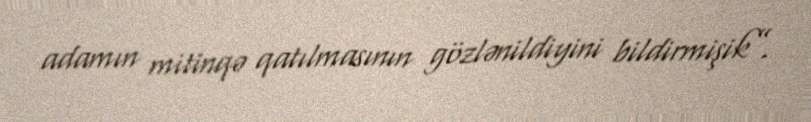
adamın mitinqə qatılmasının gözlənildiyini bildirmişik”.